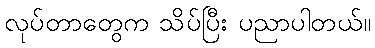
လုပ်တာတွေက သိပ်ပြီး ပညာပါတယ်။